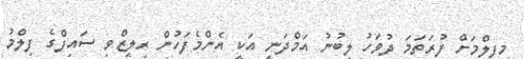
މިފިލްމަށް ފުރަތަމަ ދުވަހު ލިބުނު އަމްދަނީ އަކީ އެންމެފަހުން ރިލީޒްވި ސައިފްގެ ފިލްމު